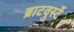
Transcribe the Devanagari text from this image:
ब्राटवुर्स्टे